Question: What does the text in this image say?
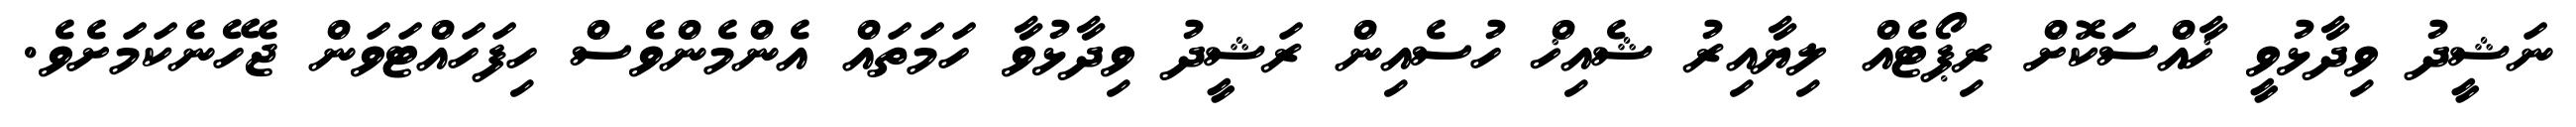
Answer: ނަޝީދު ވިދާޅުވީ ޚާއްސަކޮށް ރިޕޯޓެއް ލިޔާއިރު ޝެއިޚް ހުސެއިން ރަޝީދު ވިދާޅުވާ ހަމަތައް އެންމެންވެސް ހިފަހައްޓަވަން ޖެހޭނެކަމަށެވެ.